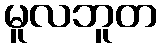
မူလဘူတ